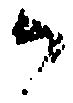
か